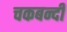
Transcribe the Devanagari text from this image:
चकबन्दी